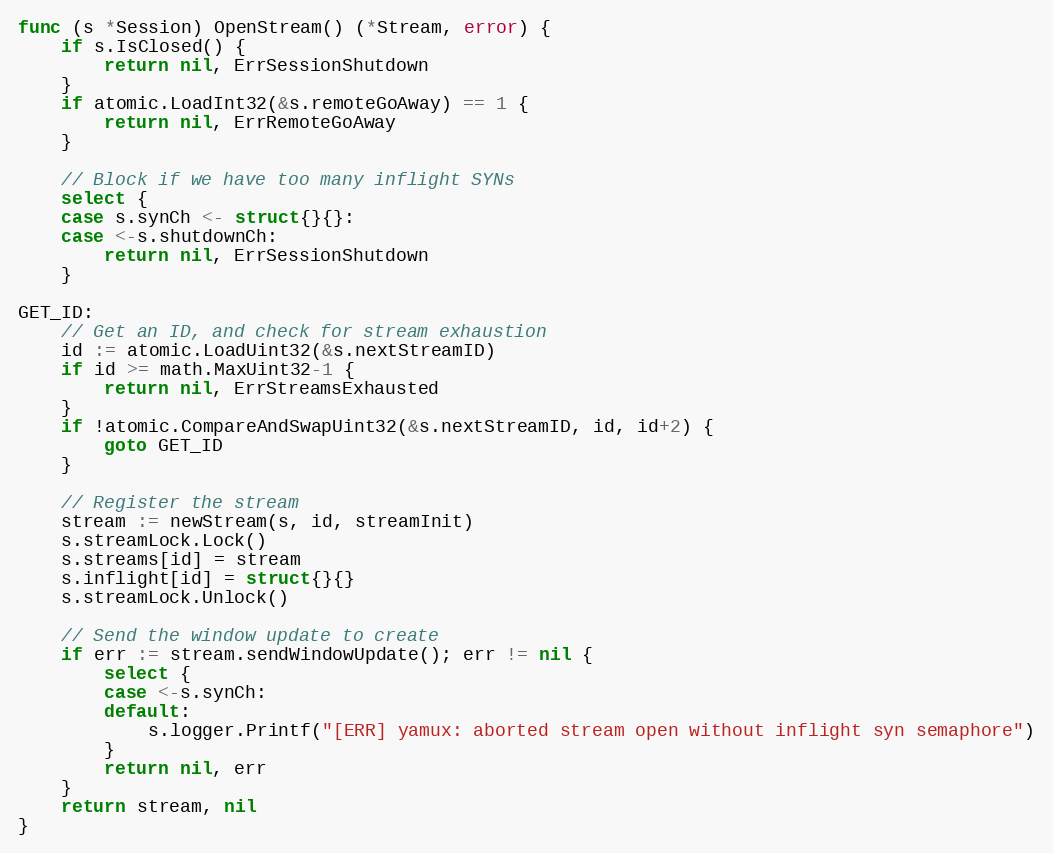
Language: Go
func (s *Session) OpenStream() (*Stream, error) {
	if s.IsClosed() {
		return nil, ErrSessionShutdown
	}
	if atomic.LoadInt32(&s.remoteGoAway) == 1 {
		return nil, ErrRemoteGoAway
	}

	// Block if we have too many inflight SYNs
	select {
	case s.synCh <- struct{}{}:
	case <-s.shutdownCh:
		return nil, ErrSessionShutdown
	}

GET_ID:
	// Get an ID, and check for stream exhaustion
	id := atomic.LoadUint32(&s.nextStreamID)
	if id >= math.MaxUint32-1 {
		return nil, ErrStreamsExhausted
	}
	if !atomic.CompareAndSwapUint32(&s.nextStreamID, id, id+2) {
		goto GET_ID
	}

	// Register the stream
	stream := newStream(s, id, streamInit)
	s.streamLock.Lock()
	s.streams[id] = stream
	s.inflight[id] = struct{}{}
	s.streamLock.Unlock()

	// Send the window update to create
	if err := stream.sendWindowUpdate(); err != nil {
		select {
		case <-s.synCh:
		default:
			s.logger.Printf("[ERR] yamux: aborted stream open without inflight syn semaphore")
		}
		return nil, err
	}
	return stream, nil
}